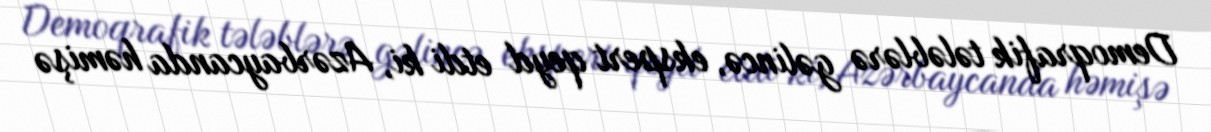
Demoqrafik tələblərə gəlincə, ekspert qeyd etdi ki, Azərbaycanda həmişə